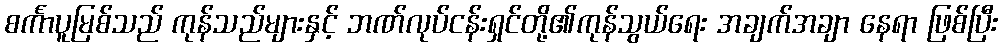
စင်္ကာပူမြစ်သည် ကုန်သည်များနှင့် ဘဏ်လုပ်ငန်းရှင်တို့၏ကုန်သွယ်ရေး အချက်အချာ နေရာ ဖြစ်ပြီး